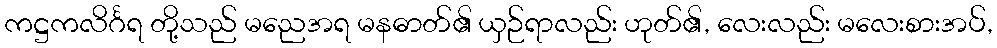
ကဋ္ဌကလိင်္ဂရ တို့သည် မညေအရ မနဓာတ်၏ ယှဉ်ရာလည်း ဟုတ်၏, လေးလည်း မလေးစားအပ်,